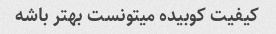
کیفیت کوبیده میتونست بهتر باشه